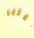
اعتبر